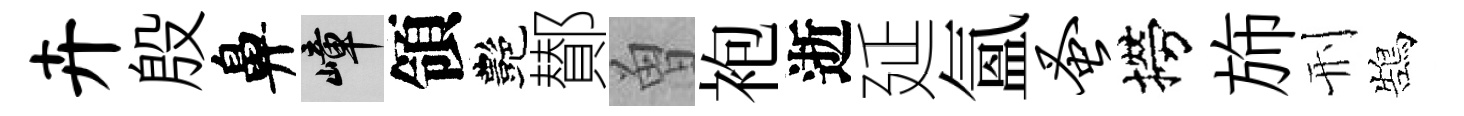
卉殷鼻嶂領艷鄼曽袍逝延氳蚤撈斾刑鵠